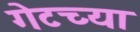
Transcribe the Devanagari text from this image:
गेटच्या